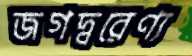
জগদ্বরেণ্য